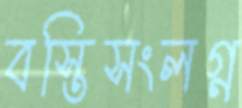
বস্তিসংলগ্ন